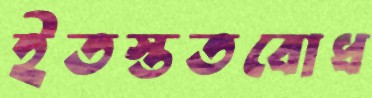
ইতস্ততবোধ